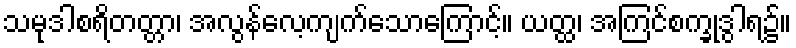
သမုဒါစရိတတ္တာ၊ အလွန်လေ့ကျက်သောကြောင့်။ ယတ္ထ၊ အကြင်စက္ခုဒွါရ၌။